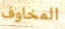
المخاوف